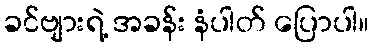
ခင်ဗျားရဲ့ အခန်း နံပါတ် ပြောပါ။